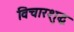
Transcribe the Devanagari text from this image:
विचारशुद्ध